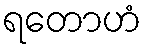
ရတောဟံ